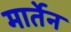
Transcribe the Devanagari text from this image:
मार्तेन